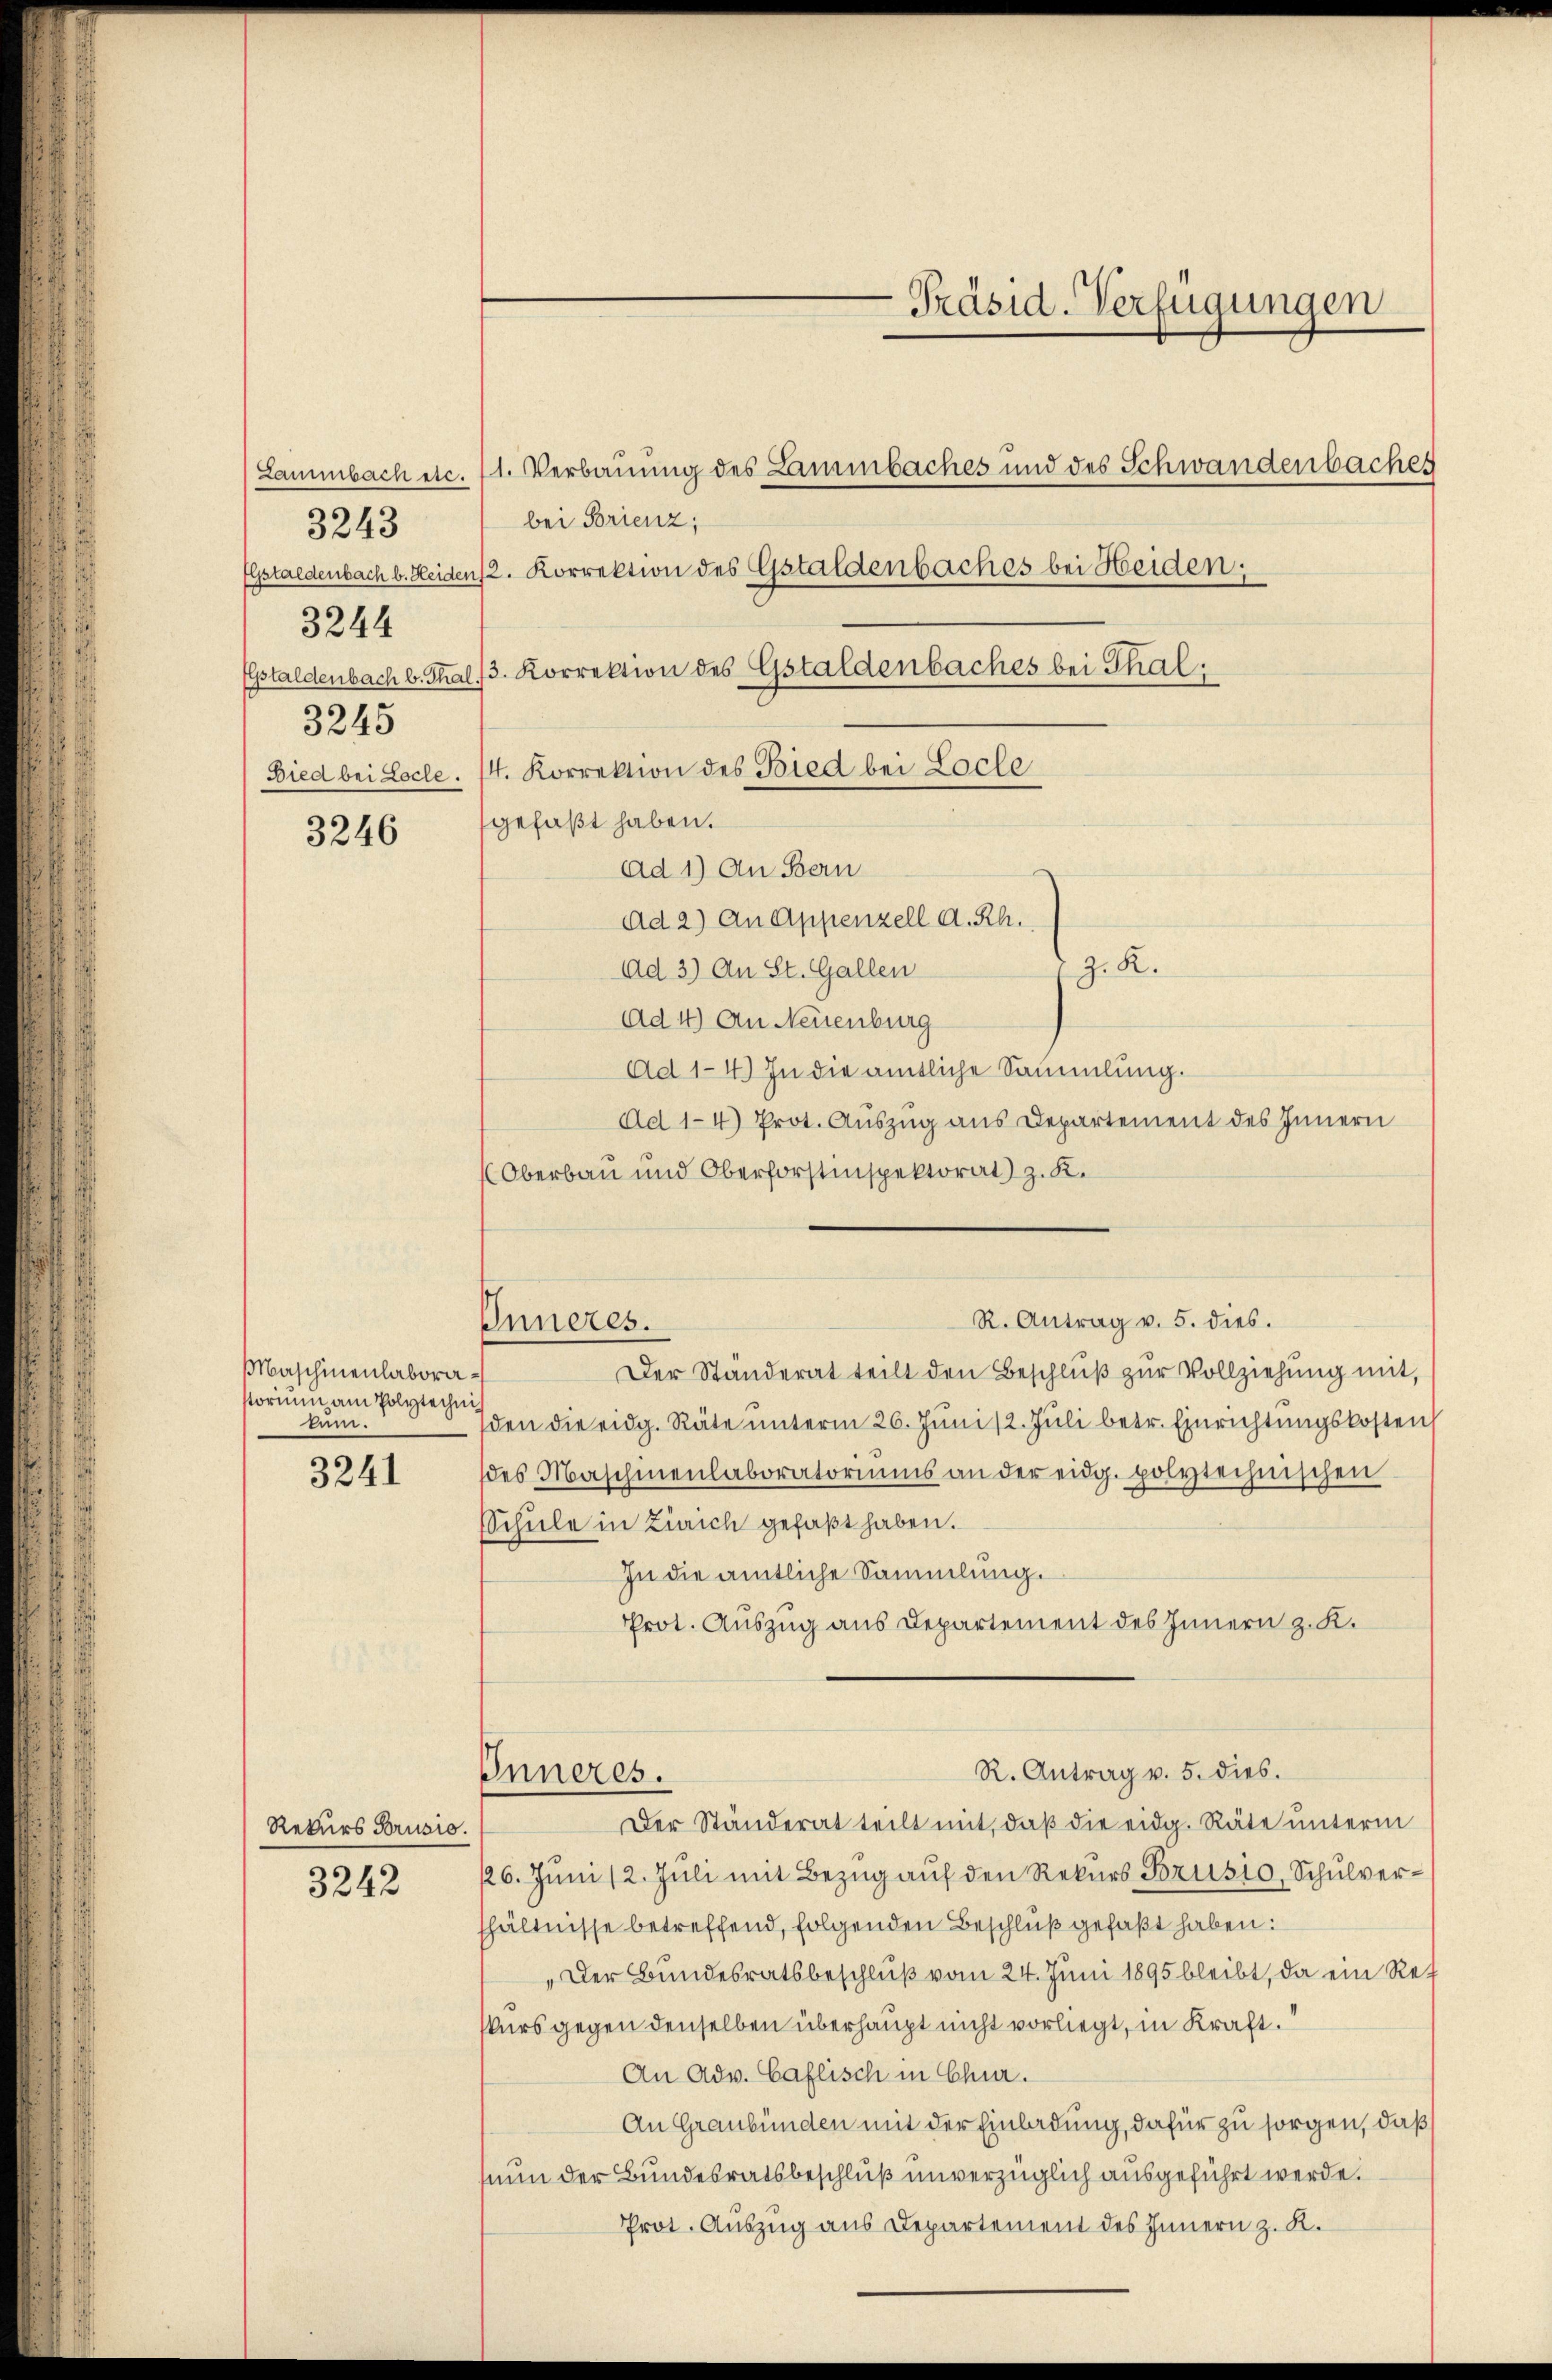
Lammbachsse.
3243
Gstaldenbach b. Heiden
Elptaldenbach b. Tha
3245
Bied bei Loche.

3244

3246

3241

Maschinenlaborastorium am Polytechnikam.

Rekurs Brusio.
3242

bei Brienz,
4. Korrektion des Bied bei Locle
gefaßt haben.
ad 1) An Bern
Ad 3) An St. Gallen
Ad 4) An Neuenburg
Ad 1-4.) In die amtliche Sammlung.
Ad 1-4) Prot. Auszug aus Departement des Innern
(Oberbau und Oberforstinspektorat z. K.
R. Antrag v. 5. dies.
Inneres.
Der Ständerat teilt den Beschluß zur Vollziehung mit,
den die eidg. Räte ŭnterm 26. Juni /2. Jŭli betr. Einrichtungskosten
des Maschenenlaboratoriums an der eidg. polytechnischen
Schule in Zürich gefaßt haben.
In die amtliche Sammlung.
Prot. Auszug aus Departement des Innern z. K.

Inneres.

-Präsid. Verfügungen

1. Verbauung des Lammbaches und des Schwandenbaches
12. Korrektion des Gstaldenbaches bei Heiden;
3. Korrektion des Gstaldenbaches bei Thal
Ad 2) An Appenzell a. Rh.
z. R.

Der Ständerat teilt mit, daß die eidg. Räte unterm
126. Juni 12. Juli mit Bezug auf den Rekurs Brusio, Schulverhältnisse betreffend, folgenden Beschluß gefaßt haben.
„Der Bundesratsbeschluß vom 24. Juni 1895 bleibt, da ein Ref
skurs gegen denselben überhaupt nicht vorliegt, in Kraft.
An Adv. Caflisch in Chur.
An Graubünden mit der Einladung, dafür zu sorgen, daß
nun der Bundesratsbeschluß unverzüglich ausgeführt werde.
Prot. Auszug aus Departement des Innern z. R.

R. Antrag v. 5. dies.